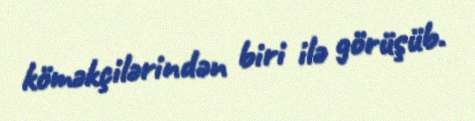
köməkçilərindən biri ilə görüşüb.